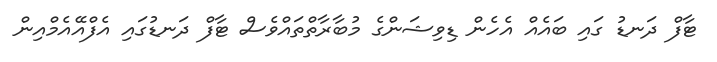
ޓާފް ދަނޑު ގައި ބައެއް އެހެން ޑިވިޝަންގެ މުބާރާތްތައްވެސް ޓާފް ދަނޑުގައި އެފްއޭއެމްއިން